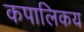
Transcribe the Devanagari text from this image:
कपालिकय